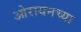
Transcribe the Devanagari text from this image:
ओरायनच्या